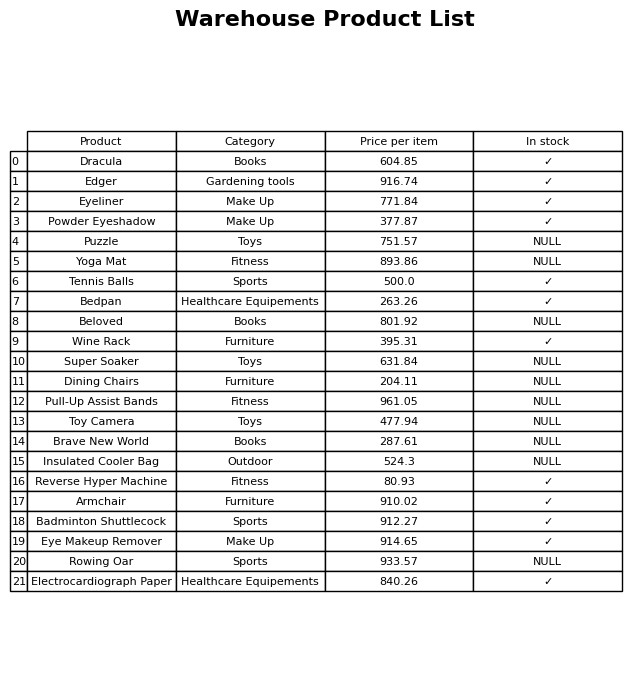
question: What is the price of the Reverse Hyper Machine?
answer: The price of Reverse Hyper Machine is 80.93.